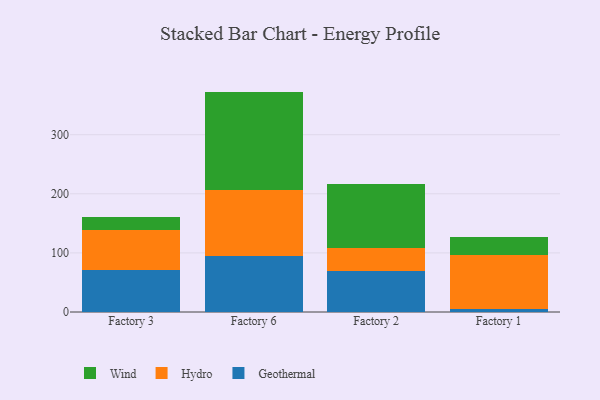
{"axis": {"x": "Factory", "y": "Shipments"}, "legend": ["Geothermal", "Hydro", "Wind"], "data": [{"x": "Factory 3", "y": 71.8, "type": "Geothermal"}, {"x": "Factory 3", "y": 67.1, "type": "Hydro"}, {"x": "Factory 3", "y": 21.3, "type": "Wind"}, {"x": "Factory 6", "y": 95.2, "type": "Geothermal"}, {"x": "Factory 6", "y": 110.4, "type": "Hydro"}, {"x": "Factory 6", "y": 167.3, "type": "Wind"}, {"x": "Factory 2", "y": 70.1, "type": "Geothermal"}, {"x": "Factory 2", "y": 38.0, "type": "Hydro"}, {"x": "Factory 2", "y": 109.2, "type": "Wind"}, {"x": "Factory 1", "y": 5.5, "type": "Geothermal"}, {"x": "Factory 1", "y": 91.6, "type": "Hydro"}, {"x": "Factory 1", "y": 29.2, "type": "Wind"}]}